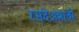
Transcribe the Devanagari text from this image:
रसदेअभावी